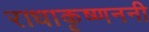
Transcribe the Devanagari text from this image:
राधाकृष्णननी